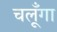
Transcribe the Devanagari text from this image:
चलूँगा